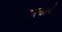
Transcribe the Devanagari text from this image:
दात्याने